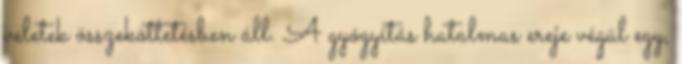
veletek összeköttetésben áll. A gyógyítás hatalmas ereje végül egy,